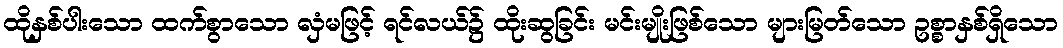
ထိုနှစ်ပါးသော ထက်စွာသော လှံမဖြင့် ရင်လယ်၌ ထိုးဆွခြင်း မင်းမျိုးဖြစ်သော များမြတ်သော ဥစ္စာနှစ်ရှိသော